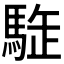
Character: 𩣜